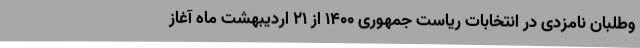
وطلبان نامزدی در انتخابات ریاست جمهوری ۱۴۰۰ از ۲۱ اردیبهشت ماه آغاز